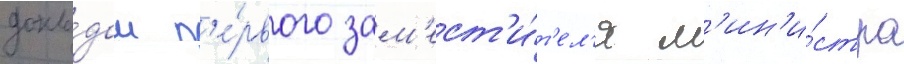
докла́дом п'е́рвого зам'ест'и́т'ел'я м'ин'и́стра